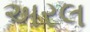
અરલ